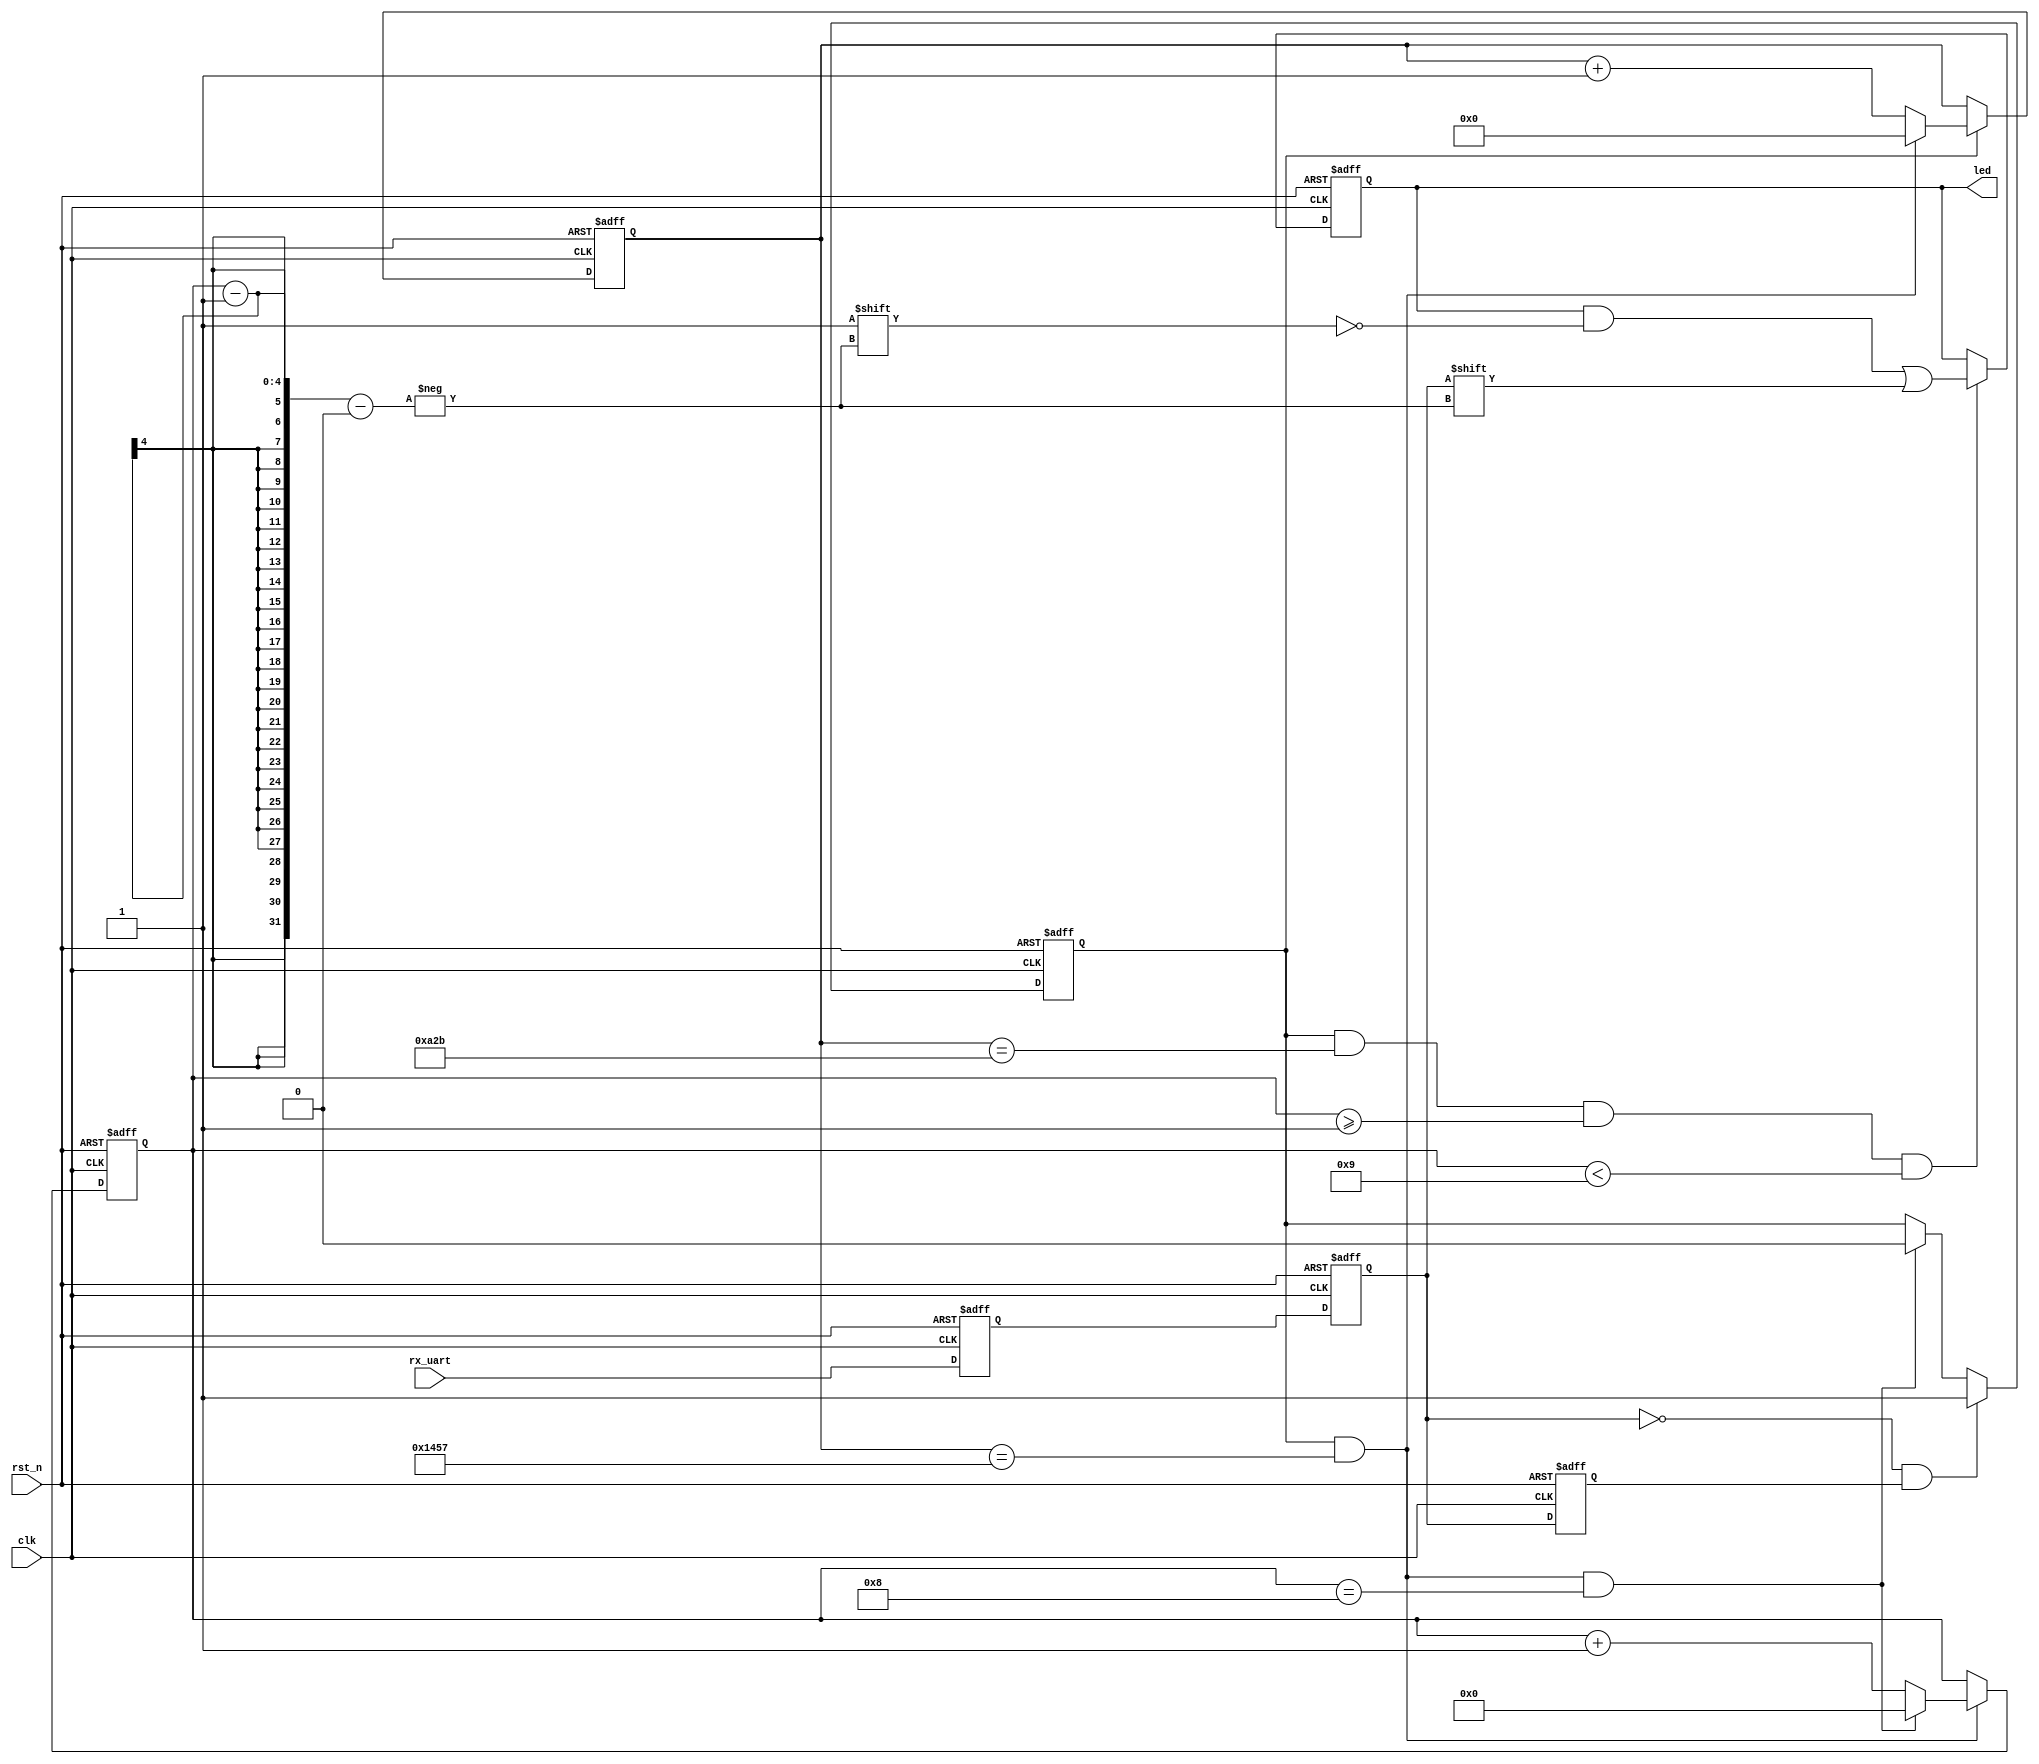
module uart_linjuan03(
    clk    ,
    rst_n  ,
    rx_uart,
    led   
    );

    //
    parameter      T =5208;

    //
    input               clk    ;
    input               rst_n  ;
    input               rx_uart;//

    //           
    output   [7:0]      led;
    //reg
    reg     [7:0]       led;
    //
    reg    [12:0]       cnt0   ;//cnt05208-113
    wire                add_cnt0;
    wire                end_cnt0;
    reg    [3:0]        cnt1;//cnt19-14
    wire                add_cnt1;
    wire                end_cnt1;
    reg                 flag_add;//alwaysreg01
    reg                 rx_uart_ff0;
    reg                 rx_uart_ff1;
    reg                 rx_uart_ff2;
   
    always @(posedge clk or negedge rst_n)begin
        if(!rst_n)begin
            cnt0 <= 0;
        end
        else if(add_cnt0)begin
            if(end_cnt0)
                cnt0 <= 0;
            else
                cnt0 <= cnt0 + 1;
        end
    end

    assign add_cnt0 =flag_add==1 ;
    assign end_cnt0 = add_cnt0 && cnt0==T-1 ;//cnt0520896001s/9600=104166ns,104166/20=5208

    always @(posedge clk or negedge rst_n)begin 
        if(!rst_n)begin
            cnt1 <= 0;
        end
        else if(add_cnt1)begin
            if(end_cnt1)
                cnt1 <= 0;
            else
                cnt1 <= cnt1 + 1;
        end
    end

    assign add_cnt1 = end_cnt0;
    assign end_cnt1 = add_cnt1 && cnt1==9-1 ;//+8

   
//rx_uart,rx_uart             
    always  @(posedge clk or negedge rst_n)begin
        if(rst_n==1'b0)begin
            rx_uart_ff0<=0;
            rx_uart_ff1<=0;
            rx_uart_ff2<=0;
        end
        else begin
            rx_uart_ff0<=rx_uart;
            rx_uart_ff1<=rx_uart_ff0;
            rx_uart_ff2<=rx_uart_ff1;// rx_uart_ff1rx_uart_ff2
        end
    end


    always  @(posedge clk or negedge rst_n)begin
        if(rst_n==1'b0)begin
            flag_add<=0;
        end
        else if(rx_uart_ff1==0&&rx_uart_ff2==1)begin//
            flag_add<=1;
        end
        else if(end_cnt1)begin
             flag_add<=0;
        end
    end
 
     always  @(posedge clk or negedge rst_n)begin
        if(rst_n==1'b0)begin
           led<=8'hff;
        end
        else if(add_cnt0&&cnt0==T/2-1&&cnt1>=1&&cnt1<9)begin//dataend_cnt0
            led[cnt1-1]<=rx_uart_ff1;//2LSBled[0],9(MSB)led[7]
        end
      end
    



    endmodule